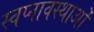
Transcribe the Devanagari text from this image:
स्वप्नावस्थाओं